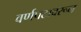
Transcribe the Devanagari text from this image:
वर्णपटावरून